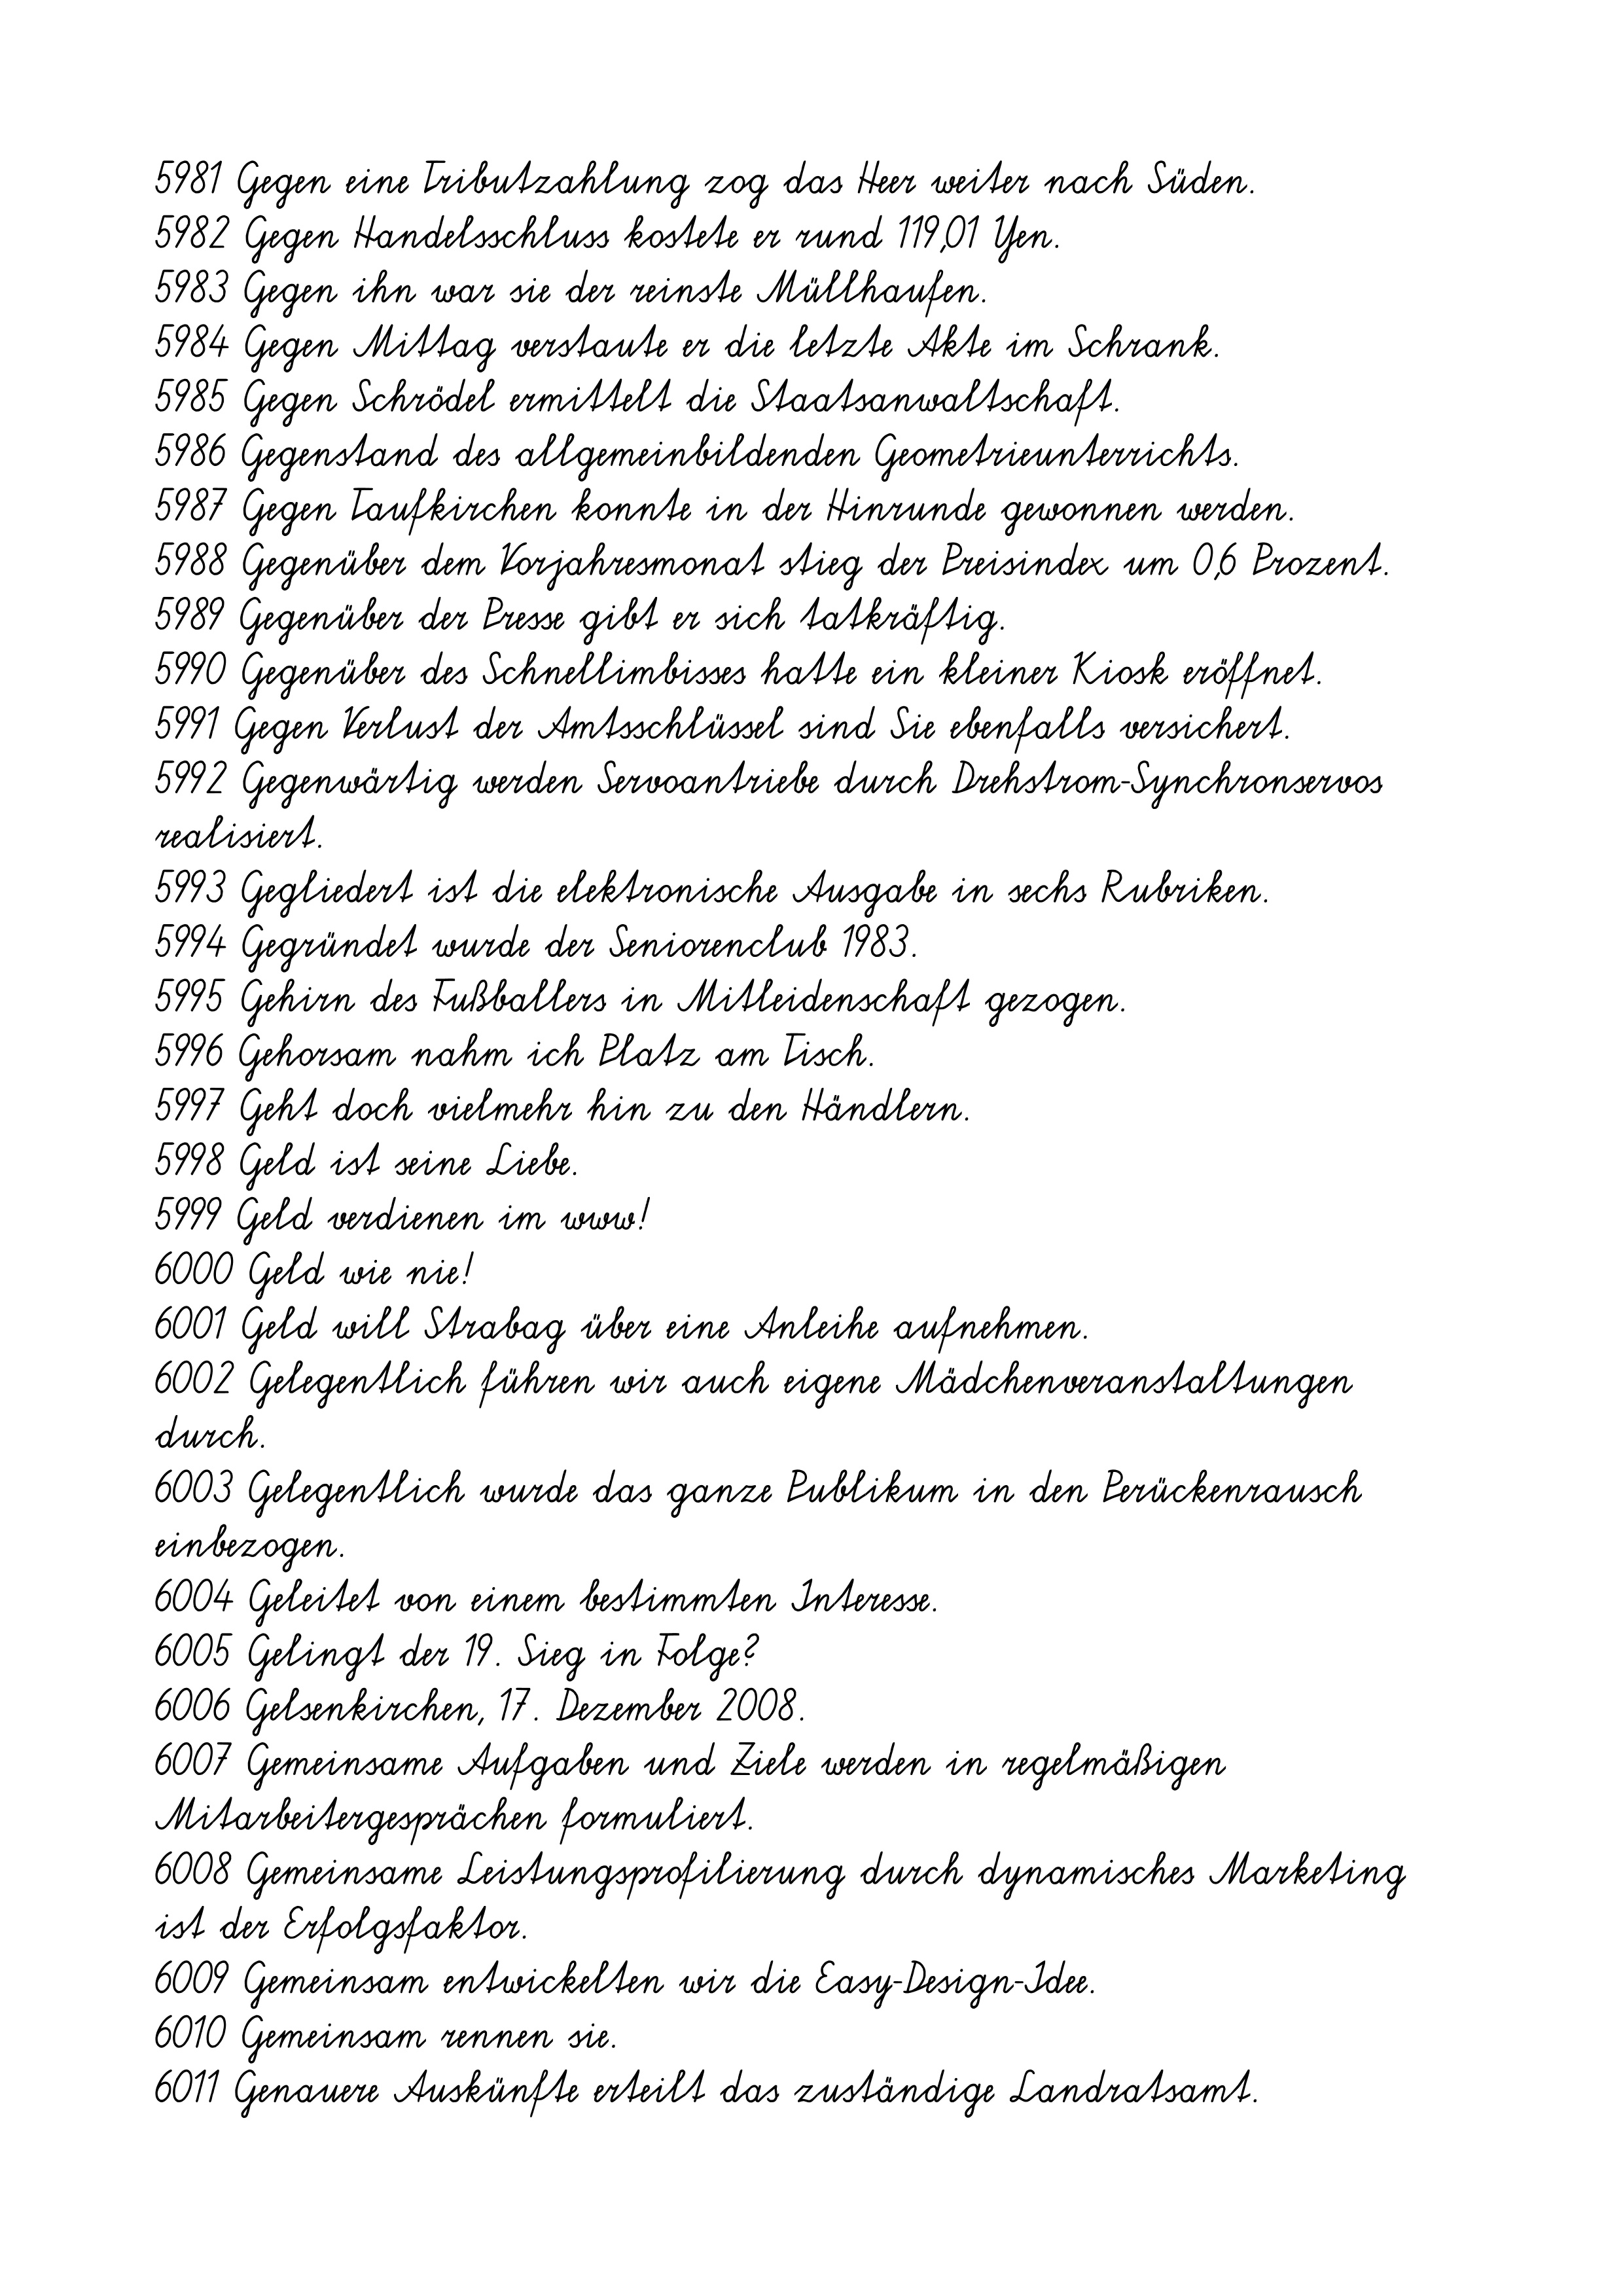
5981 Gegen eine Tributzahlung zog das Heer weiter nach Süden.
5982 Gegen Handelsschluss kostete er rund 119,01 Yen.
5983 Gegen ihn war sie der reinste Müllhaufen.
5984 Gegen Mittag verstaute er die letzte Akte im Schrank.
5985 Gegen Schrödel ermittelt die Staatsanwaltschaft.
5986 Gegenstand des allgemeinbildenden Geometrieunterrichts.
5987 Gegen Taufkirchen konnte in der Hinrunde gewonnen werden.
5988 Gegenüber dem Vorjahresmonat stieg der Preisindex um 0,6 Prozent.
5989 Gegenüber der Presse gibt er sich tatkräftig.
5990 Gegenüber des Schnellimbisses hatte ein kleiner Kiosk eröffnet.
5991 Gegen Verlust der Amtsschlüssel sind Sie ebenfalls versichert.
5992 Gegenwärtig werden Servoantriebe durch Drehstrom-Synchronservos
realisiert.
5993 Gegliedert ist die elektronische Ausgabe in sechs Rubriken.
5994 Gegründet wurde der Seniorenclub 1983.
5995 Gehirn des Fußballers in Mitleidenschaft gezogen.
5996 Gehorsam nahm ich Platz am Tisch.
5997 Geht doch vielmehr hin zu den Händlern.
5998 Geld ist seine Liebe.
5999 Geld verdienen im www!
6000 Geld wie nie!
6001 Geld will Strabag über eine Anleihe aufnehmen.
6002 Gelegentlich führen wir auch eigene Mädchenveranstaltungen
durch.
6003 Gelegentlich wurde das ganze Publikum in den Perückenrausch
einbezogen.
6004 Geleitet von einem bestimmten Interesse.
6005 Gelingt der 19. Sieg in Folge?
6006 Gelsenkirchen, 17. Dezember 2008.
6007 Gemeinsame Aufgaben und Ziele werden in regelmäßigen
Mitarbeitergesprächen formuliert.
6008 Gemeinsame Leistungsprofilierung durch dynamisches Marketing
ist der Erfolgsfaktor.
6009 Gemeinsam entwickelten wir die Easy-Design-Idee.
6010 Gemeinsam rennen sie.
6011 Genauere Auskünfte erteilt das zuständige Landratsamt.